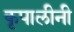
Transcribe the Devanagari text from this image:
कृपालीनी